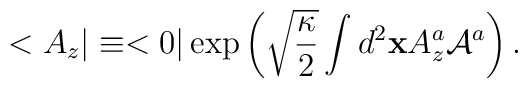
<A_z\vert \equiv <0\vert \exp\left(\sqrt{\frac{\kappa}{2}}\int d^2 {\bf x}A^a_{z} {\cal A}^{a}\right).